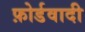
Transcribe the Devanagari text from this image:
फ़ोर्डवादी